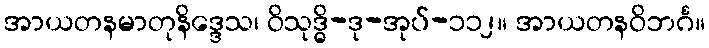
အာယတနမာတုနိဒ္ဒေသ၊ ဝိသုဒ္ဓိ-ဒု-အုပ်-၁၁၂။ အာယတနဝိဘင်္ဂ။